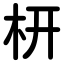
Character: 枅